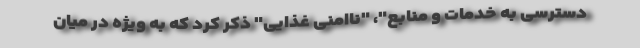
دسترسی به خدمات و منابع"، "ناامنی غذایی" ذکر کرد که به ویژه در میان